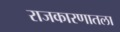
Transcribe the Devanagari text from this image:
राजकारणातला